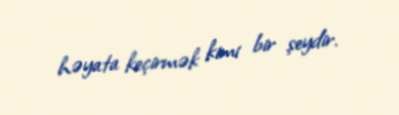
həyata keçirmək kimi bir şeydir.